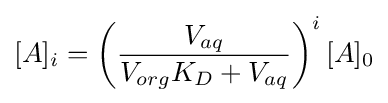
[A]_{i}=\left({V_{aq} \over V_{org}K_{D}+V_{aq}}\right)^{i}[A]_{0}